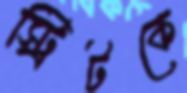
স্ট্রিটকে